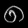
Digit: ၈